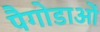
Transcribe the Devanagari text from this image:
पैगोडाओं